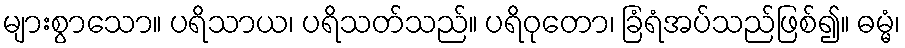
များစွာသော။ ပရိသာယ၊ ပရိသတ်သည်။ ပရိဝုတော၊ ခြံရံအပ်သည်ဖြစ်၍။ ဓမ္မံ၊